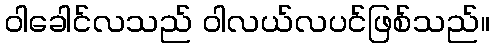
ဝါခေါင်လသည် ဝါလယ်လပင်ဖြစ်သည်။